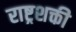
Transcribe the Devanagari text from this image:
राष्ट्रशक्ती